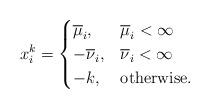
LaTeX: \begin{align*}x_i^{k}=\begin{cases} \overline\mu_i, & \overline\mu_i <\infty \\-\overline\nu_i, & \overline\nu_i <\infty\\-k, & \mbox{otherwise}.\end{cases}\end{align*}